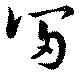
冨